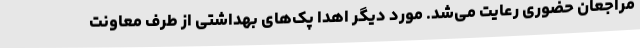
مراجعان حضوری رعایت می‌شد. مورد دیگر اهدا پک‌های بهداشتی از طرف معاونت